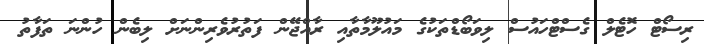
ރިސޯޓް ހޮޓެލް ގެސްޓްހައުސް ލިވަބޯޑްތަކުގެ މައުލޫމާތާއި ރާއްޖޭން ފަތުރުވެރިންނަށް ލިބެން ހުންނަ ތަފާތު